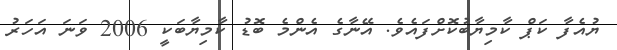
ޔުއެފާ ކަޕް ކާމިޔާބުކޮށްފައެވެ. އޭނާގެ އެންމެ ބޮޑު ކާމިޔާބަކީ 2006 ވަނަ އަހަރު